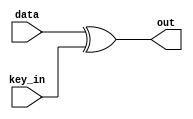
`timescale 1ns / 1ps

module first_round(data,key_in,out);
input [127:0]data;
input [127:0]key_in;
output [127:0] out;

assign out = data ^ key_in;
endmodule